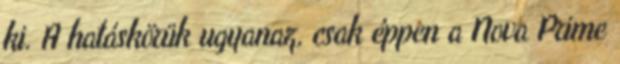
ki. A hatáskörük ugyanaz, csak éppen a Nova Prime